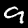
Digit: 9